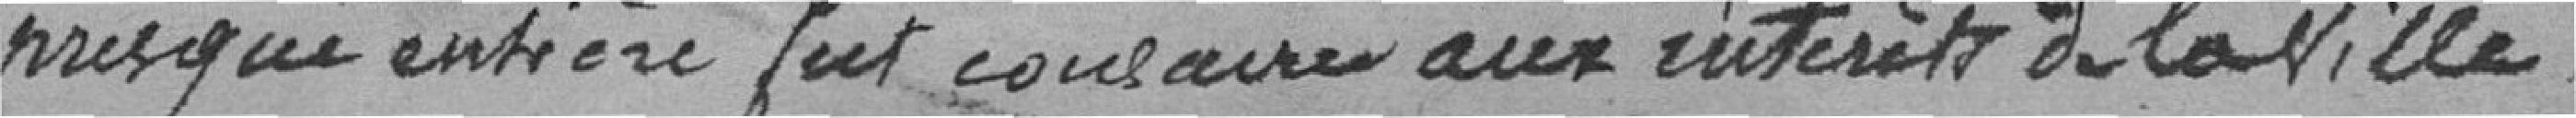
presque entière fut consacré aux intérêts de la ville